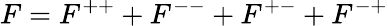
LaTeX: F=F^{++}+F^{--}+F^{+-}+F^{-+}